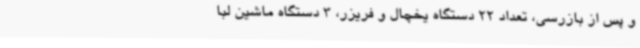
و پس از بازرسی، تعداد 22 دستگاه یخچال و فریزر، 3 دستگاه ماشین لبا